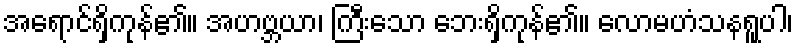
အရောင်ရှိကုန်၏။ အဟဗ္ဘယာ၊ ကြီးသော ဘေးရှိကုန်၏။ လောမဟံသနရူပါ၊